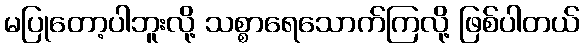
မပြုတော့ပါဘူးလို့ သစ္စာရေသောက်ကြလို့ ဖြစ်ပါတယ်